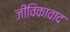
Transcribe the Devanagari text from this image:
जीविकावाद